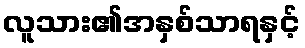
လူသား၏အနှစ်သာရနှင့်